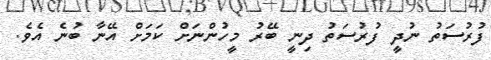
ފުރުސަތު ނުދީ ފުރުސަތު ދިނީ ބޭރު މީހުންނަށް ކަމަށް އޭނާ ބުނެ އެވެ.